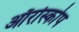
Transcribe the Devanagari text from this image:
ऑरोस्कोप